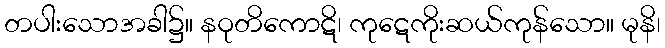
တပါးသောအခါ၌။ နဝုတိကောဋိ၊ ကုဋေကိုးဆယ်ကုန်သော။ မုနိ၊